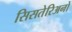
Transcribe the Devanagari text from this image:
सिसतेरिअनों